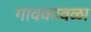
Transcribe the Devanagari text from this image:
गावकावळा